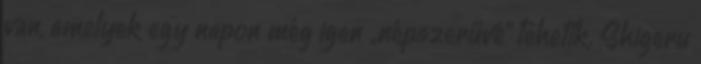
van, amelyek egy napon még igen „népszerűvé” tehetik. Shigeru